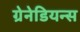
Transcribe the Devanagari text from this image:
ग्रेनेडियन्स